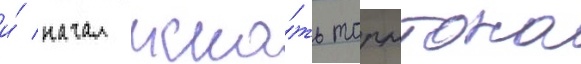
и́ начал иска́ть торнтона